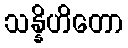
သန္နိဟိတော